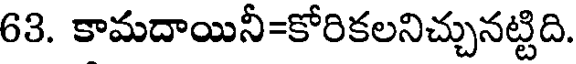
63. కామదాయినీ=కోరికలనిచ్చునట్టిది.